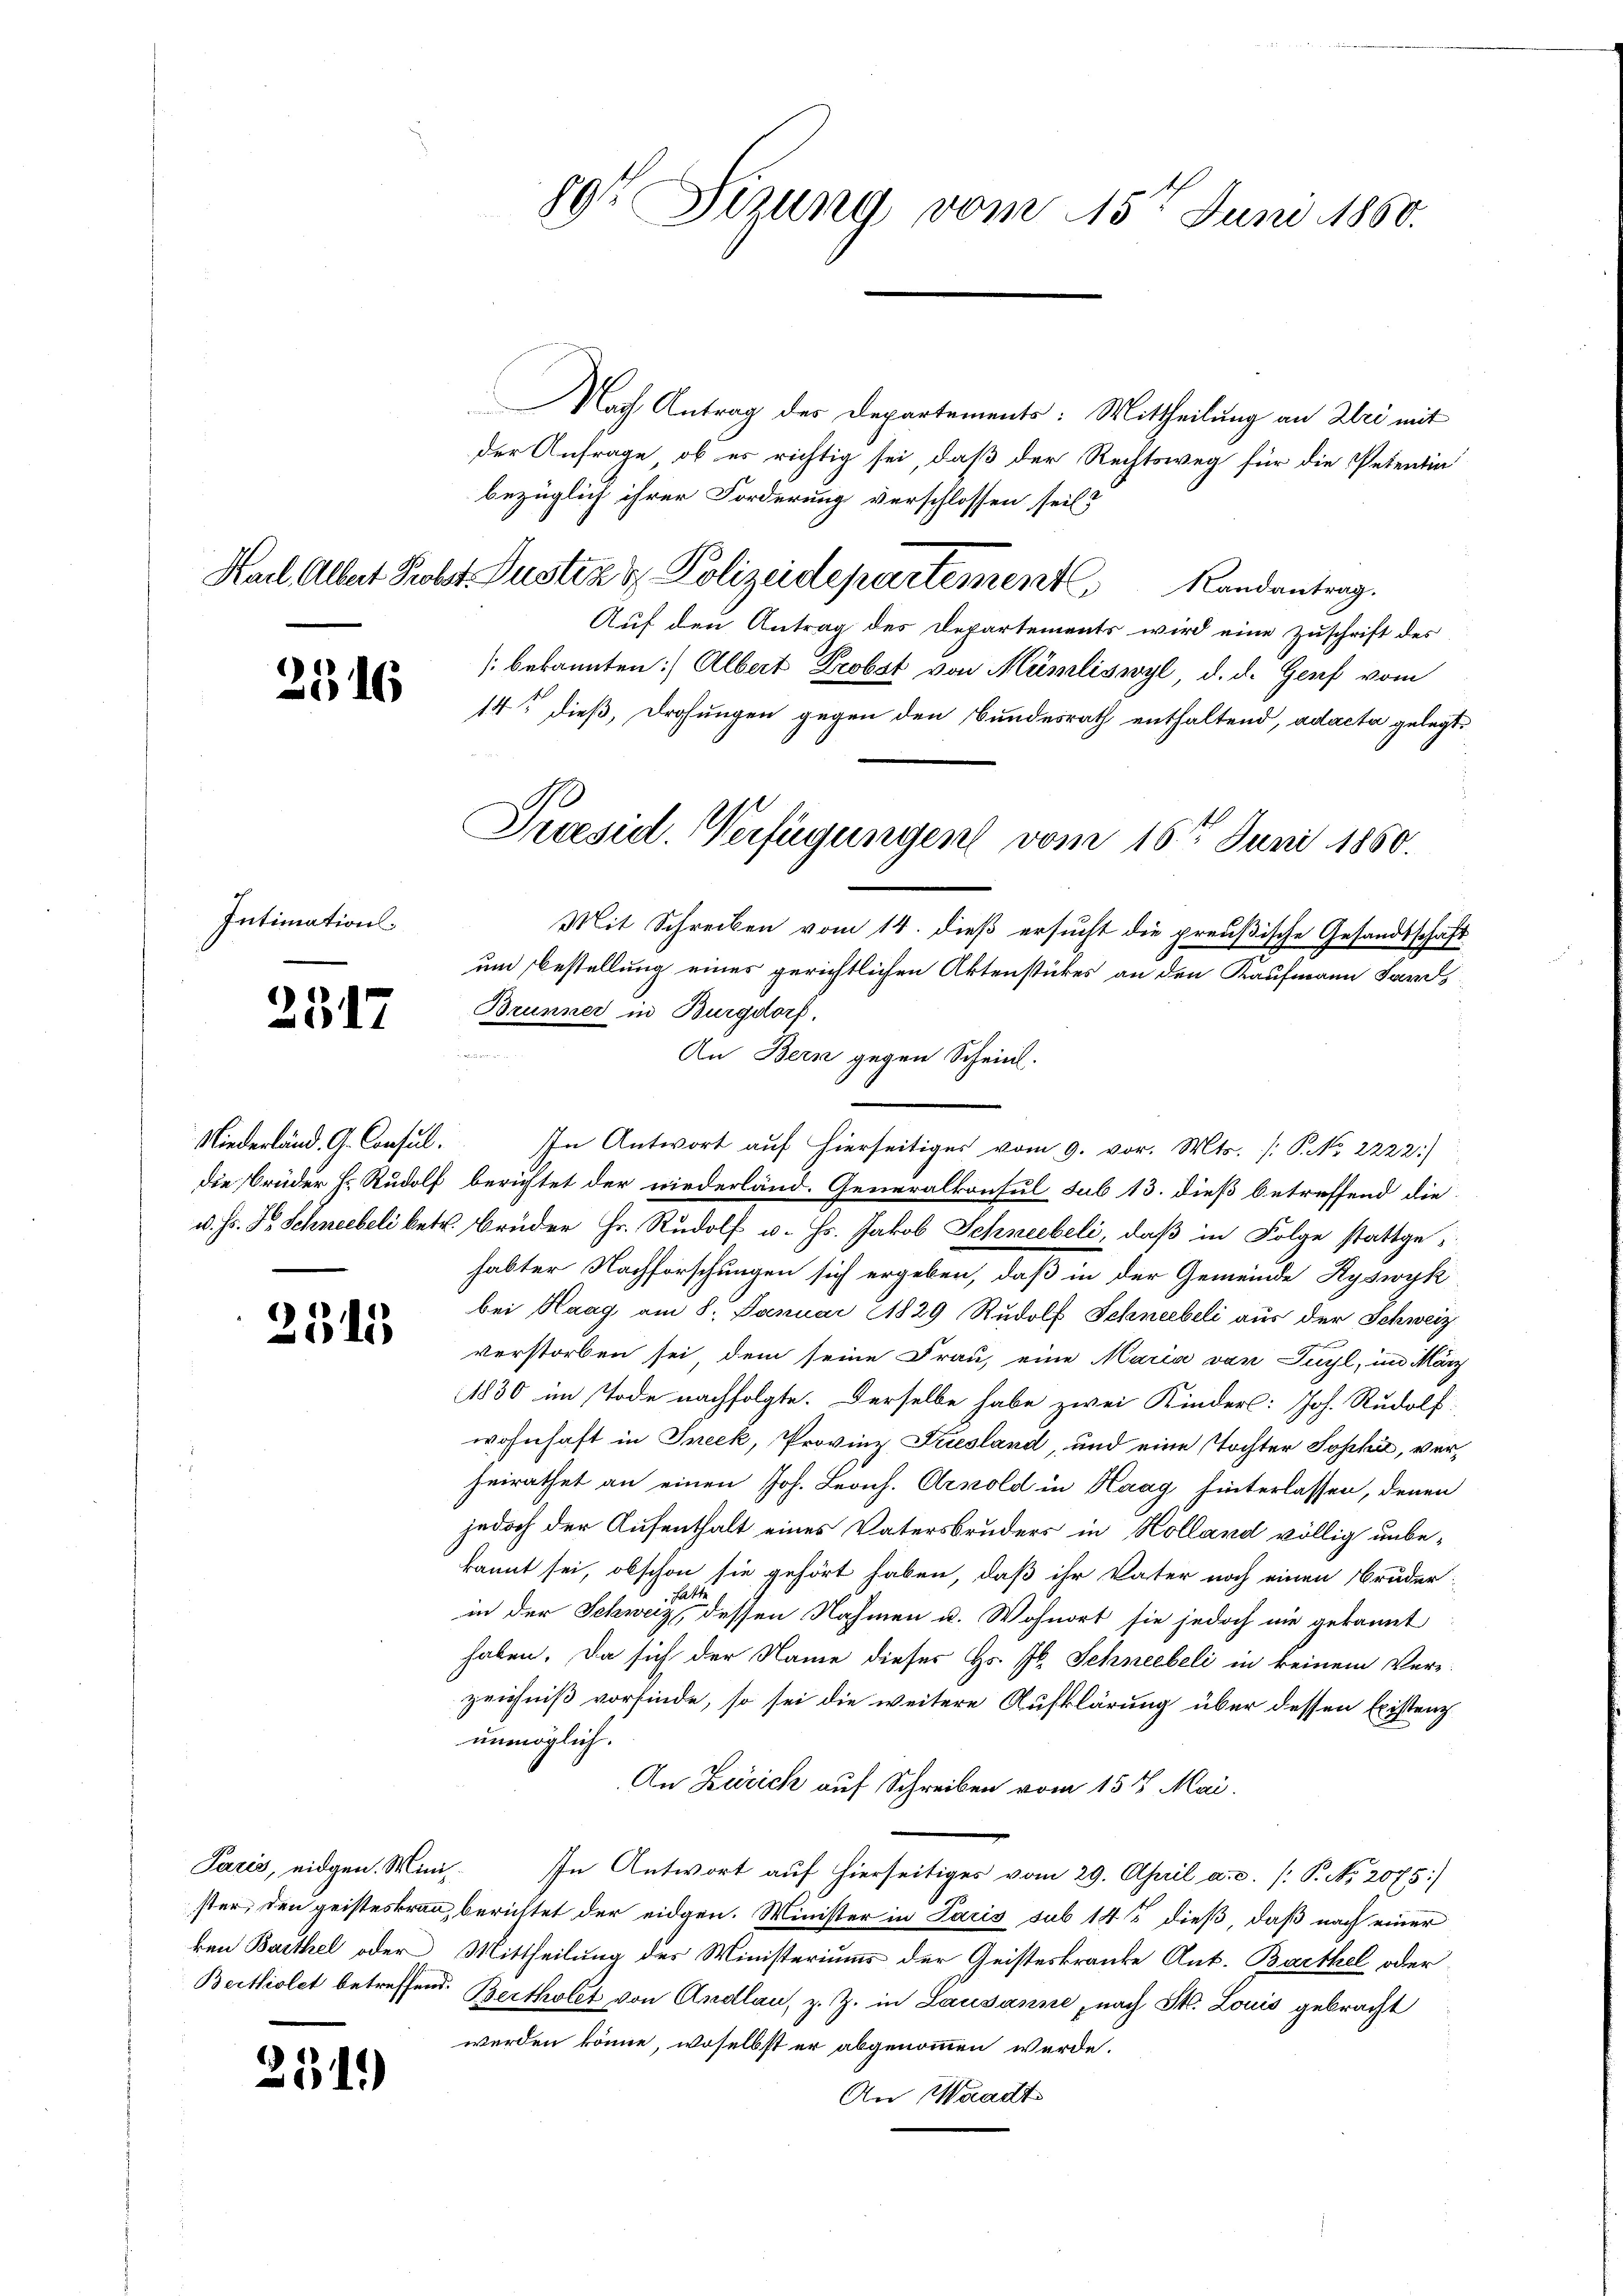
2316

Intimation.
e

2517

Niederländ. G. Consul.

2511

Paris, eidgen. Miniken Barthel oder

25

)

Nach Antrag des Departements: Mittheilung an bei mit
der Anfrage, ob es richtig sei, daß der Rechtsweg für die Petentin
bezüglich ihrer Forderung verschlossen sein?
Hach Albert Probst. Justiz & Polizeidepartement Randantrag.
Auf den Antrag des Departements wird eine Zuschrift des
[bekannten Albert Probst von Münliswyl, d. d. Genf vom
14t dieß, Drohungen gegen den Bundesrath enthaltend, ad acta gelegt,
Mit Schreiben vom 14. dieß ersucht die preußische Gesandtschaft
um bestellung eines gerichtlichen Aktenstückes an den Kaufmann Sands
Brunner in Burgdorf.
An Bern gegen Scheint.
In Antwort auf hierseitiges vom 9. vor. Mts. (: P. Nr. 2222/
die Brüder H. Rudolf berichtet der niederländ. Generalkonsul sub 13. dieß betreffend die
d. Js. S. Schneebeli betr. Brüder Hr. Rudolf v. Js. Jakob Schneebeli, daß in Folge stattgehabter Nachforschungen sich ergeben, daß in der Gemeinde Ryswyk
bei Haag am 8. Januar 1829 Rudolf Schneebeli aus der Schweiz
verstorben sei, dem seine Frau, eine Maria von Tuchl, im März
1830 im Tode nachfolgte. Derselbe habe zwei Kinders: Joh. Rudolf
wohnhaft in Ineck, Provinz Friesland, und eine Tochter Sopha, verheirathet an einen Joh. Leonh. Arnold in Haag hinterlassen, denen
jedoch der Aufenthalt eines Vatersbruders in Holland völlig unbekannt sei, obschon sie gehört haben, daß ihr Vater noch einen Bruder
hatte
in der Schweiz, dessen Nahmen u. Wohnort sie jedoch nie gekannt
haben. Da sich der Name dieses Hs. Jb. Schneebeli in keinem Ver-
zeichniß vorfinde, so sei die weitere Aufklärung über dessen Existenz
unmöglich.
An Zürich auf Schreiben vom 15t Mai.
In Antwort auf hierseitiges vom 29. April a.c. /: P. No. 2075)
ster, den geisteskran, berichtet der eidgen. Minister in Paris sub 14 dieß, daß nach einer
Mittheilung des Ministeriums der Geisteskranke Ant. Barthel oder
Bertiolet betreffend. Bertholet von Andlau, z. Z. in Lausanne, nach St. Louis gebracht
werden könne, woselbst er abgenommen werde.
An Waadt

r

89 Sizung vom 15ten Juni 1860.

Praesid. Verfügungen vom 16ten Juni 1860.